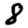
Digit: 8